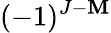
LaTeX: (-1)^{J-\mathbf{M}}